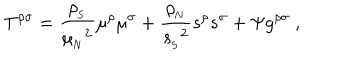
LaTeX: T ^ { \rho \sigma } = { \frac { \rho _ { _ \mathrm { S } } } { { \mu _ { _ \mathrm { N } } } ^ { 2 } } } \mu ^ { \rho } \mu ^ { \sigma } + { \frac { \rho _ { _ \mathrm { N } } } { { s _ { _ \mathrm { S } } } ^ { 2 } } } s ^ { \rho } s ^ { \sigma } + \Psi g ^ { \rho \sigma } \ ,